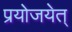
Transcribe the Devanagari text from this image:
प्रयोजयेत्